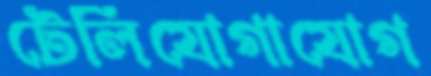
টেলিযোগাযোগ